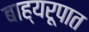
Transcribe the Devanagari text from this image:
बाह्यरूपात